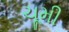
ચૂમી